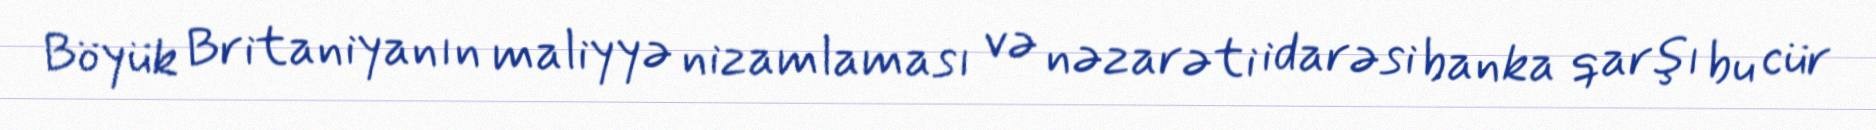
Böyük Britaniyanın maliyyə nizamlaması və nəzarəti idarəsi banka qarşı bu cür